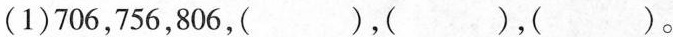
(1)706，756，806，( )，( )，().